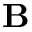
\mathbf { B }